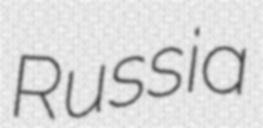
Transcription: Russia